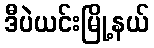
ဒီပဲယင်းမြို့နယ်